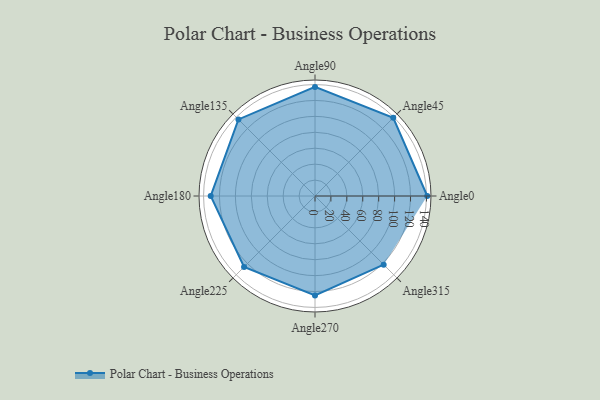
{"axis": {"x": "Angle", "y": "Radius"}, "legend": [""], "data": [{"x": "Angle0", "y": 141.0, "type": ""}, {"x": "Angle45", "y": 139.0, "type": ""}, {"x": "Angle90", "y": 137.0, "type": ""}, {"x": "Angle135", "y": 136.0, "type": ""}, {"x": "Angle180", "y": 131.0, "type": ""}, {"x": "Angle225", "y": 126.0, "type": ""}, {"x": "Angle270", "y": 125.0, "type": ""}, {"x": "Angle315", "y": 122.0, "type": ""}]}